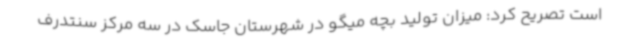
است تصریح کرد: میزان تولید بچه میگو در شهرستان جاسک در سه مرکز سنتدرف